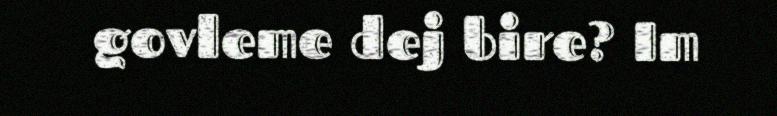
govleme dej bire? Im